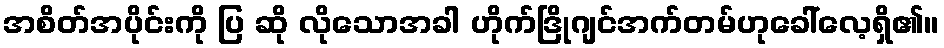
အစိတ်အပိုင်းကို ပြ ဆို လိုသောအခါ ဟိုက်ဒြိုဂျင်အက်တမ်ဟုခေါ်လေ့ရှိ၏။